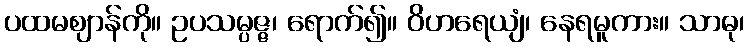
ပထမဈာန်ကို။ ဥပသမ္ပဇ္ဇ၊ ရောက်၍။ ဝိဟရေယျံ၊ နေရမူကား။ သာဓု၊